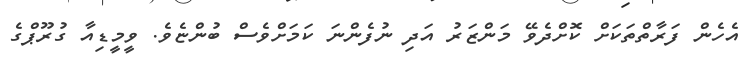
އެހެން ފަރާތްތަކަށް ކޮށްދެވޭ މަންޒަރު އަދި ނުފެންނަ ކަމަށްވެސް ބުންޏެވެ. ވީމީޑިއާ ގުރޫޕްގެ